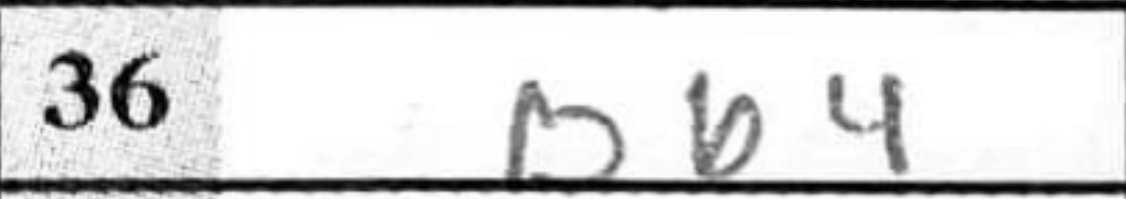
Transcription: Bb4